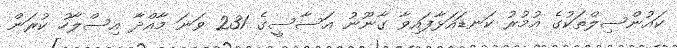
ކައުންސިލްތަކުގެ އުމުރު ކަނޑައަޅާފައިވާ ގާނޫނު އަސާސީގެ 231 ވަނަ މާއްދާ އިސްލާހު ކުރަން